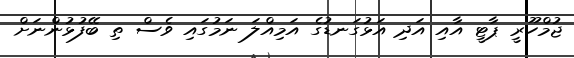
ޖުމްހޫރީ ޕާޓީ އާއި އަދި އަޅުގަނޑުގެ އަމިއްލަ ނަމުގައި ވެސް ތި ބޭފުޅުންނަށް